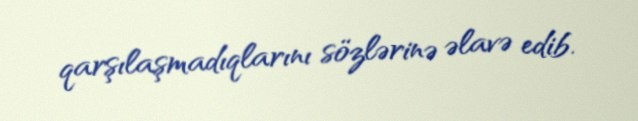
qarşılaşmadıqlarını sözlərinə əlavə edib.